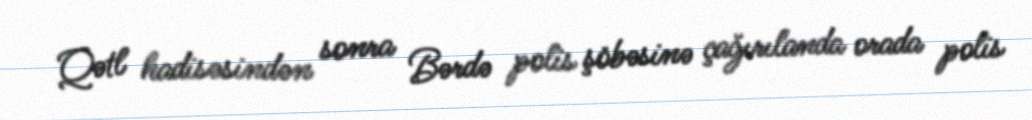
Qətl hadisəsindən sonra Bərdə polis şöbəsinə çağırılanda orada polis